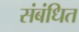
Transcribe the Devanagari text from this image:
संबंधित